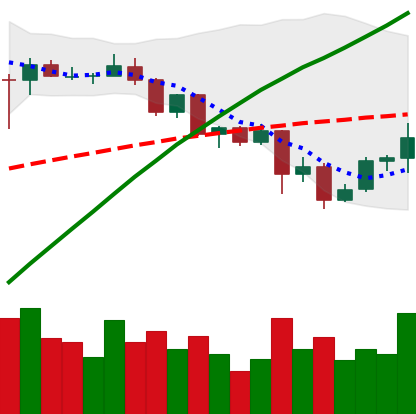
Ticker: ADA-USD
Chart end date: 2020-08-31
Forward return: -26.706%
Label: down_7plus